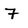
Character: 7